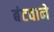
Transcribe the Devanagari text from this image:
बंटवाने